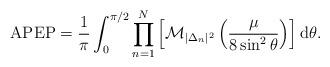
LaTeX: \begin{align*}\mathrm{APEP} = \frac{1}{\pi}\int_{0}^{\pi/2}\prod_{n=1}^{N}\left[\mathcal{M}_{|\Delta_n|^2}\left(\frac{\mu}{8\sin^2\theta}\right)\right]\mathrm{d}\theta.\end{align*}